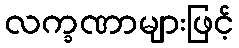
လက္ခဏာများဖြင့်